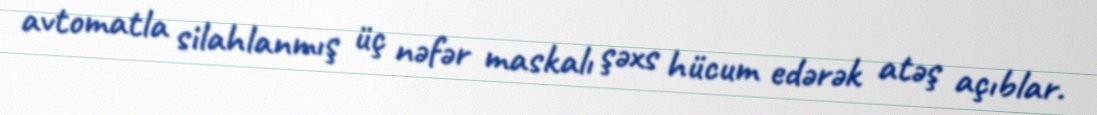
avtomatla silahlanmış üç nəfər maskalı şəxs hücum edərək atəş açıblar.